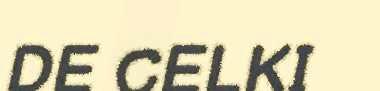
DE CELKI